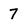
Character: 7